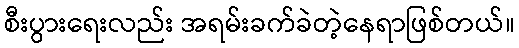
စီးပွားရေးလည်း အရမ်းခက်ခဲတဲ့နေရာဖြစ်တယ်။